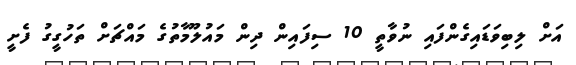
އަށް ލިބިވަޑައިގެންފައި ނުވާތީ 10 ސިފައިން ދިން މައުލޫމާތުގެ މައްޗަށް ތަހުގީގު ފެށީ